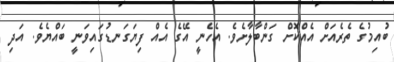
ބުއިމުގެ ތެރެއަށް އެއްކޮށް ގަންބާލާށެވެ. އެހެނީ އޭގެ އެއް ފިޔަގަނޑުގައިވަނީ ބައްޔެވެ. އަދި